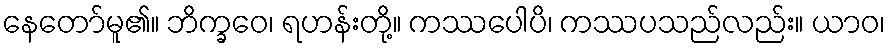
နေတော်မူ၏။ ဘိက္ခဝေ၊ ရဟန်းတို့။ ကဿပေါပိ၊ ကဿပသည်လည်း။ ယာဝ၊